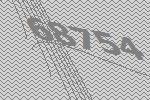
68754